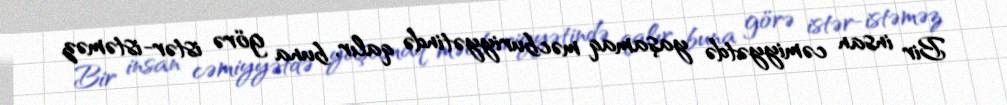
Bir insan cəmiyyətdə yaşamaq məcburiyyətində qalır, buna görə istər-istəməz